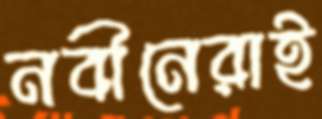
নবীনেরাই